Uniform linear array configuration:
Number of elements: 48
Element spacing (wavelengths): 1
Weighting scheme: hamming
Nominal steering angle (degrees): -45
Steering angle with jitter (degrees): -46.625
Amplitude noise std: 0.05
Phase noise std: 0.05

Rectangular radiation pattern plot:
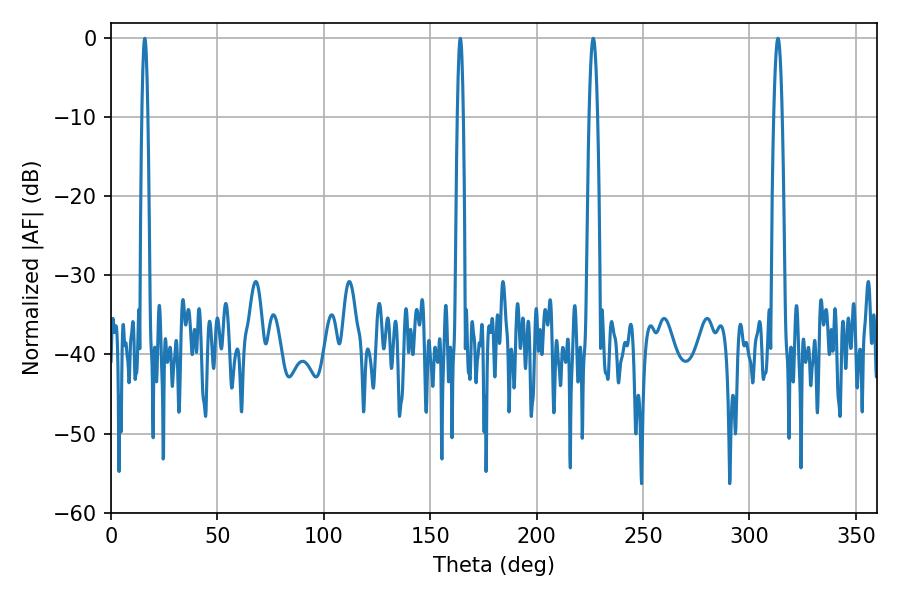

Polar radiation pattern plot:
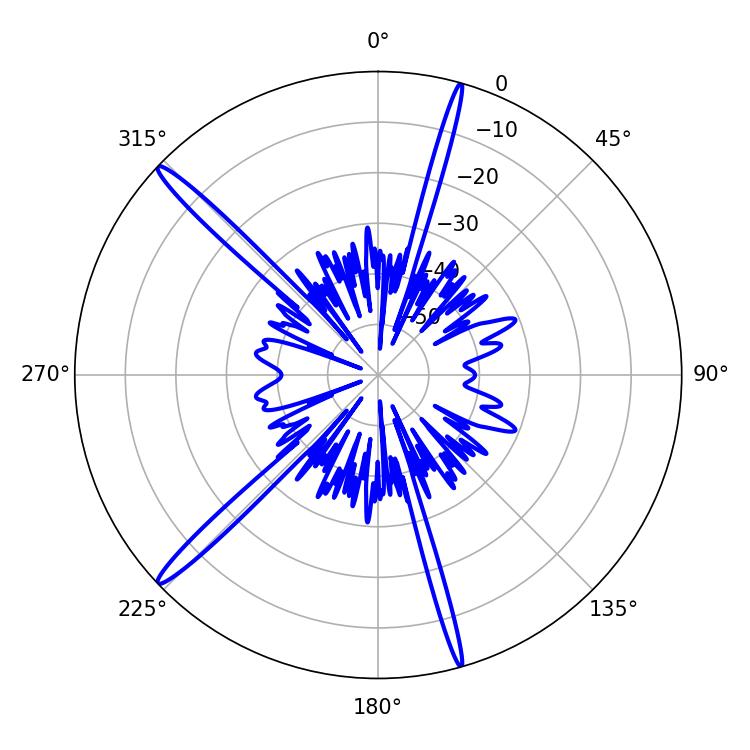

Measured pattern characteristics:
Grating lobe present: TRUE
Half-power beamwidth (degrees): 2.16
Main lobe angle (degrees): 313.38